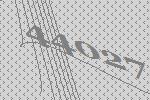
44027